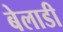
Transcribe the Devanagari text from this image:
बेलाडी